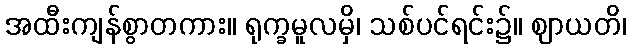
အထီးကျန်စွာတကား။ ရုက္ခမူလမှိ၊ သစ်ပင်ရင်း၌။ ဈာယတိ၊